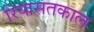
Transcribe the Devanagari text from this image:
रियासतकाल